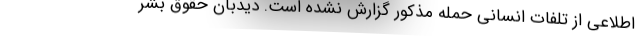
اطلاعی از تلفات انسانی حمله مذکور گزارش نشده است. دیدبان حقوق بشر